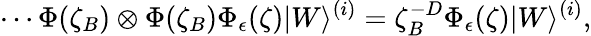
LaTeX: \cdots\Phi(\zeta_{B})\otimes\Phi(\zeta_{B})\Phi_{\epsilon}(\zeta)|W\rangle^{(i)}=\zeta_{B}^{-D}\Phi_{\epsilon}(\zeta)|W\rangle^{(i)},